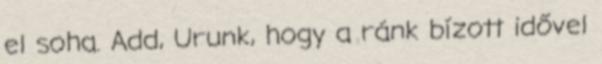
el soha. Add, Urunk, hogy a ránk bízott idővel